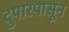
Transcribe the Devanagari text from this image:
दुपारपासून